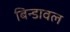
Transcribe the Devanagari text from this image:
बिन्डावल